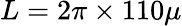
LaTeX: L=2\pi\times 110\mu